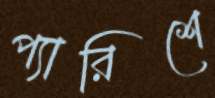
প্যারিশে